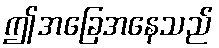
ဤအခြေအနေသည်